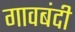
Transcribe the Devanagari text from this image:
गावबंदी